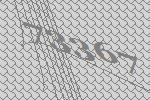
73367